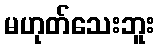
မဟုတ်သေးဘူး